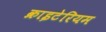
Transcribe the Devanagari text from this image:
क्राइटेरियम